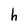
Character: h